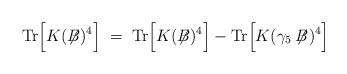
LaTeX: \begin{align*}\mbox{Tr}\Big[ K(\not{\!\!B})^4 \Big] \; = \;\mbox{Tr}\Big[K(\not{\!\!B})^4\Big] -\mbox{Tr}\Big[K(\gamma_5 \not{\!\!B})^4\Big] \;\end{align*}